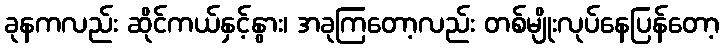
ခုနကလည်း ဆိုင်ကယ်နှင့်နွား၊ အခုကြတော့လည်း တစ်မျိုးလုပ်နေပြန်တော့